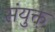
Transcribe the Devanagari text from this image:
संयुक्त़